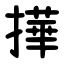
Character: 撶